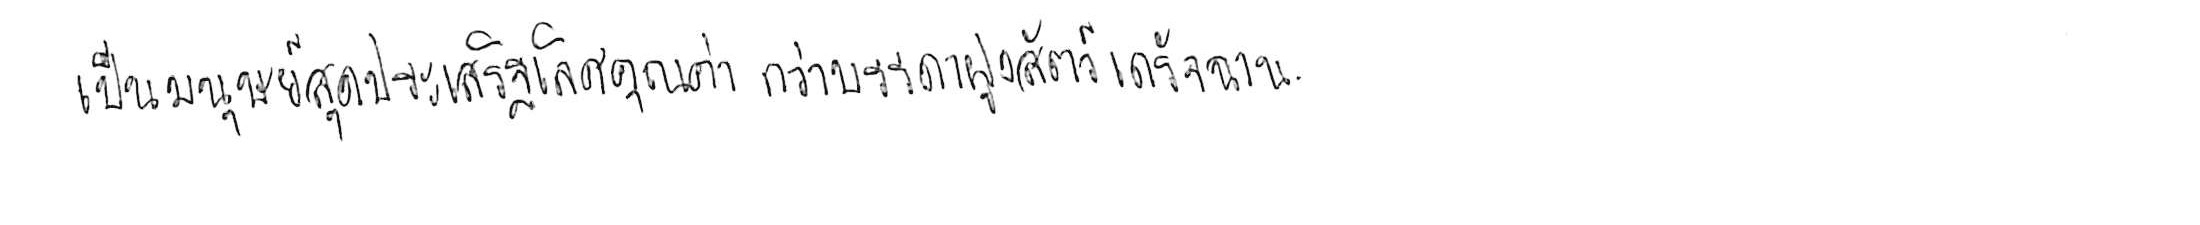
เป็นมนุษย์สุดประเสริฐเลิศคุณค่า กว่าบรรดาฝูงสัตว์เดรัจฉาน